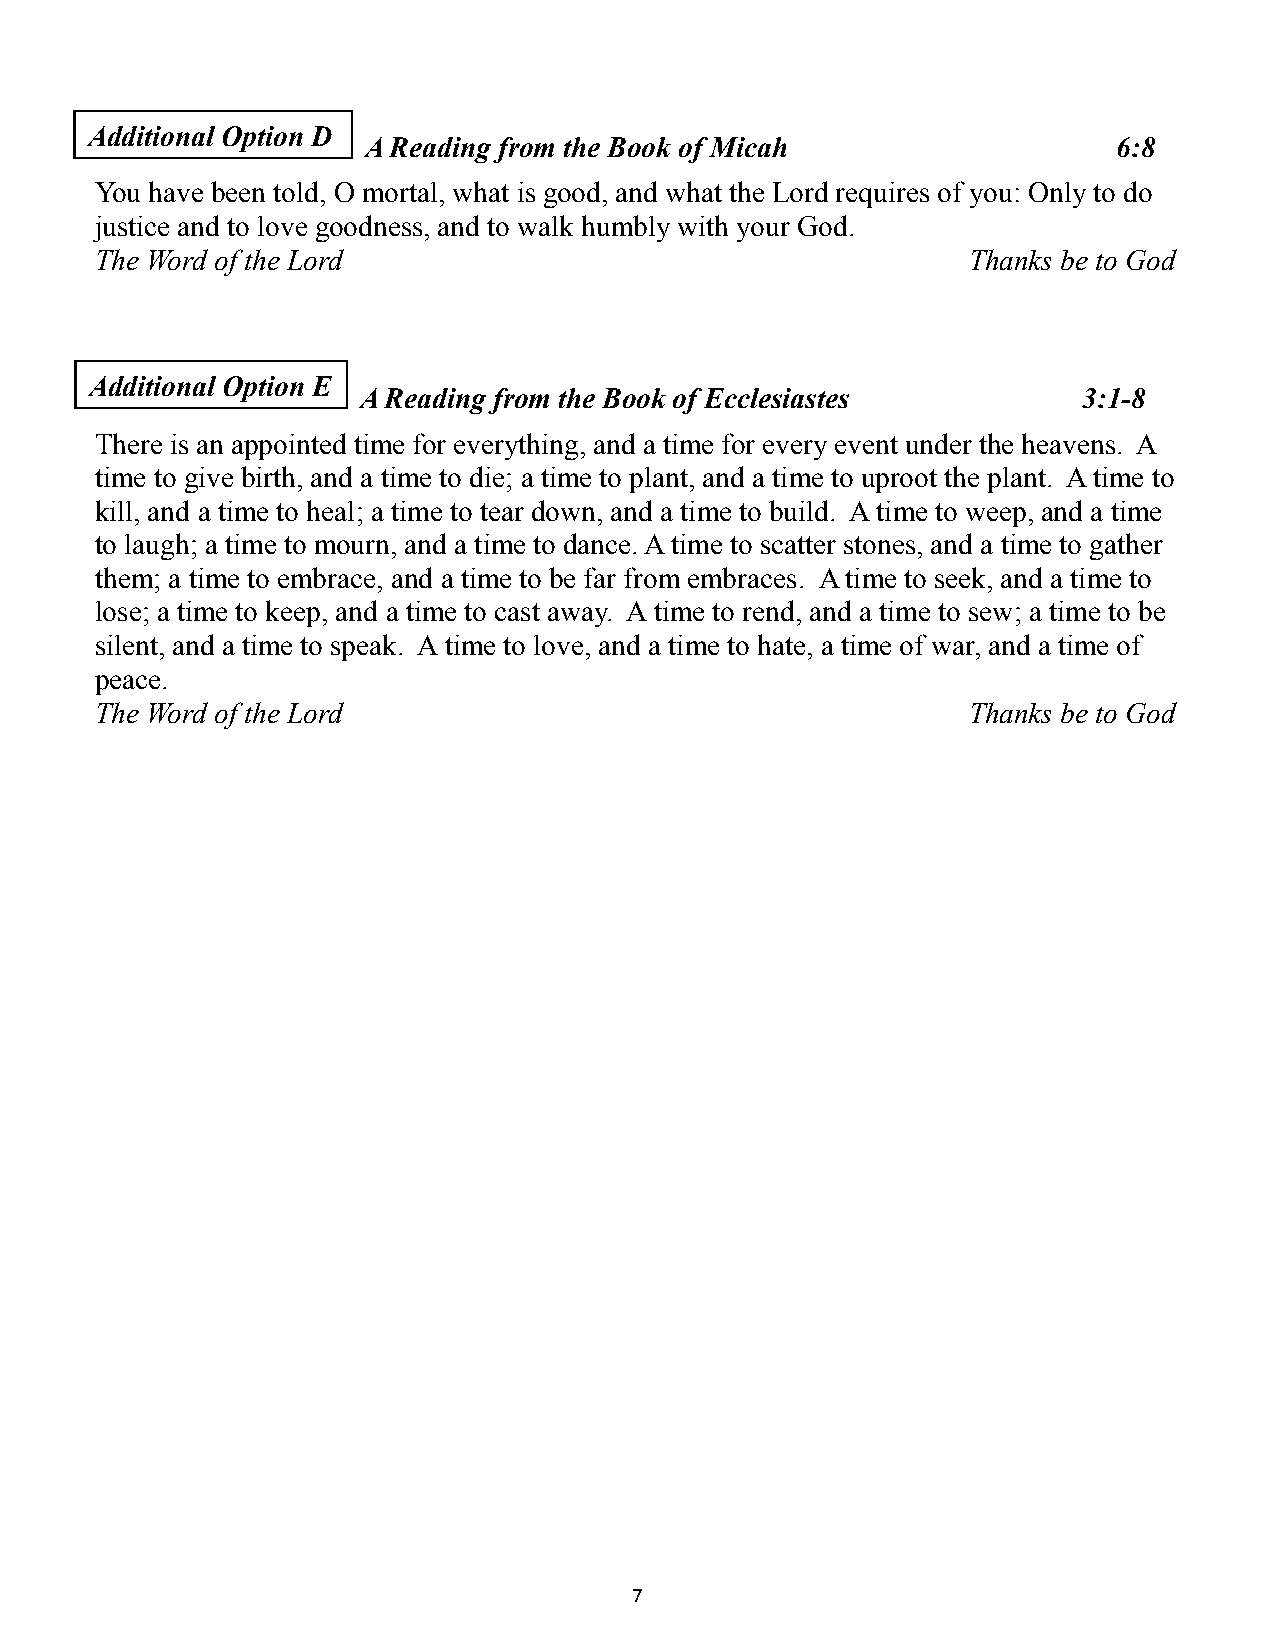
Additional Option D
 A Reading from the Book of Micah                  6:8
 You have been told, O mortal, what is good, and what the Lord requires of you: Only to do
 justice and to love goodness, and to walk humbly with your God.
 The Word of the Lord                                      Thanks be to God
 Additional Option E
 A Reading from the Book of Ecclesiastes         3:1-8
 There is an appointed time for everything, and a time for every event under the heavens. A
 time to give birth, and a time to die; a time to plant, and a time to uproot the plant. A time to
 kill, and a time to heal; a time to tear down, and a time to build. A time to weep, and a time
 to laugh; a time to mourn, and a time to dance. A time to scatter stones, and a time to gather
 them; a time to embrace, and a time to be far from embraces. A time to seek, and a time to
 lose; a time to keep, and a time to cast away. A time to rend, and a time to sew; a time to be
 silent, and a time to speak. A time to love, and a time to hate, a time of war, and a time of
 peace.
 The Word of the Lord                                      Thanks be to God
 7